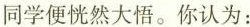
同学便恍然大悟。你认为：